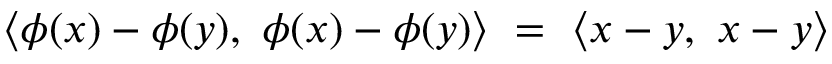
\langle \phi ( x ) - \phi ( y ) , \ \phi ( x ) - \phi ( y ) \rangle \ = \ \langle x - y , \ x - y \rangle